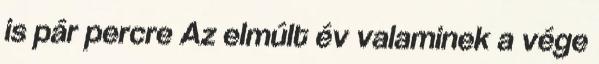
is pár percre Az elmúlt év valaminek a vége